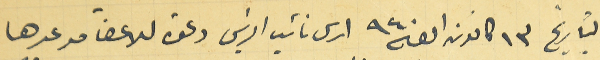
بتاريخ ١٣ كانون اول سنة ٩٤٠ ارسل الرئيس دعوة للاعضآ موعدها